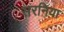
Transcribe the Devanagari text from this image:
सरनिया